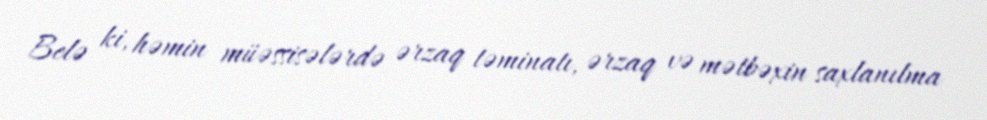
Belə ki, həmin müəssisələrdə ərzaq təminatı, ərzaq və mətbəxin saxlanılma